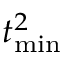
t _ { \mathrm { m i n } } ^ { 2 }